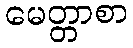
မေတ္တာစာ